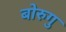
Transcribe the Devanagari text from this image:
बोरुगु